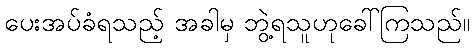
ပေးအပ်ခံရသည့် အခါမှ ဘွဲ့ရသူဟုခေါ်ကြသည်။